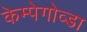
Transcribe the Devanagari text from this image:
केम्पेगोव्डा